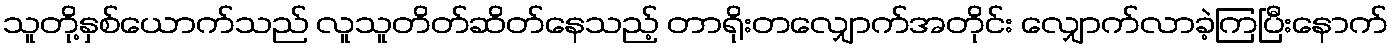
သူတို့နှစ်ယောက်သည် လူသူတိတ်ဆိတ်နေသည့် တာရိုးတလျှောက်အတိုင်း လျှောက်လာခဲ့ကြပြီးနောက်